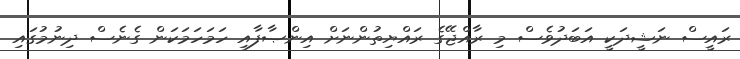
ރައީސް ނަޝީދަކީ އަބަދުވެސް މި ރާއްޖޭގެ ރައްޔިތުންނަށް އިންޞާފާއި ހަމަހަމަކަން ގެނެސް ދިނުމުގައި